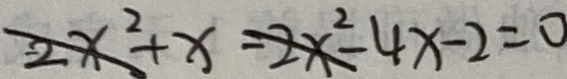
2 x ^ { 2 } + x = 2 x ^ { 2 } - 4 x - 2 = 0